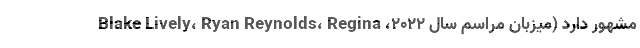
مشهور دارد (میزبان مراسم سال ۲۰۲۲، Blake Lively، Ryan Reynolds، Regina